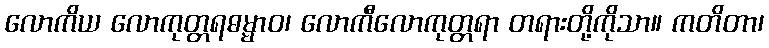
လောကိယ လောကုတ္တရဓမ္မာဝ၊ လောကီလောကုတ္တရာ တရားတို့ကိုသာ။ ကတိတာ၊